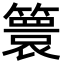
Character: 𮆙